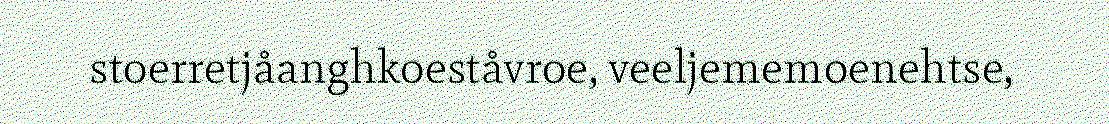
stoerretjåanghkoeståvroe, veeljememoenehtse,